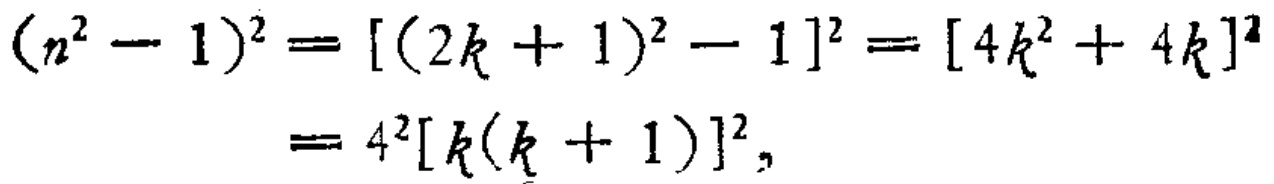
\[(n^{2}-1)^{2}=[(2k + 1)^{2}-1]^{2}=[4k^{2}+4k]^{2}=4^{2}[k(k + 1)]^{2},\]